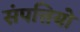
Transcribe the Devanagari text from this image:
संपत्तियो